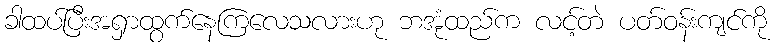
ခါထပ်ပြီးအရှာထွက်နေကြလေသလားဟု ဘအုံထည်က လင့်တဲ ပတ်ဝန်းကျင်ကို